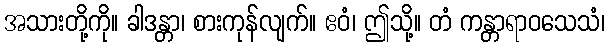
အသားတို့ကို။ ခါဒန္တာ၊ စားကုန်လျက်။ ဧဝံ၊ ဤသို့။ တံ ကန္တာရာဝသေသံ၊